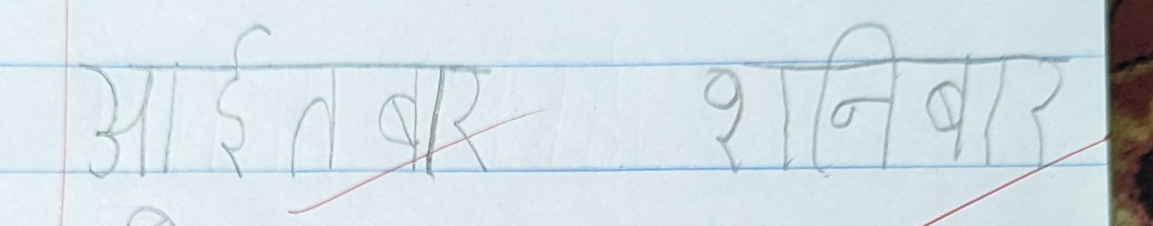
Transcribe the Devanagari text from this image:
आइतबार शनिवार